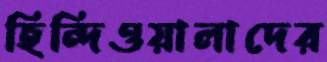
হিন্দিওয়ালাদের